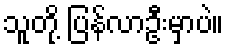
သူတို့ ပြန်လာဦးမှာပဲ။